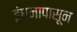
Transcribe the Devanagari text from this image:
इंधनापासून